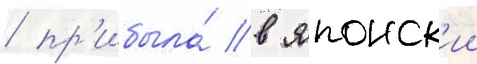
/ пр'ибыла́ в японск'ии